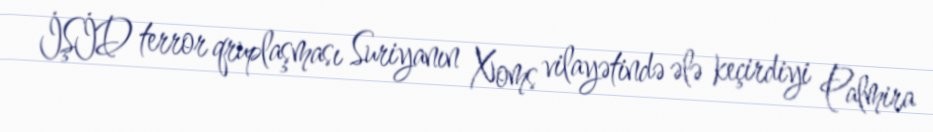
İŞİD terror qruplaşması Suriyanın Xoms vilayətində ələ keçirdiyi Palmira